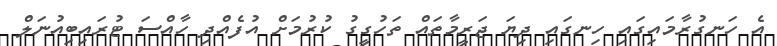
އެ ހަނގުރާމައިގައި ހިނގައި ދިޔަ ޖަރީމާތައް ތަހުގީގު ކުރުމަށް އުފެއްދި ހާއްސަ ޓުރައިބިއުނަލް